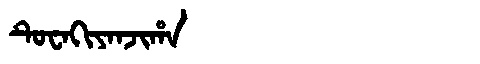
Manchu: ᡨᡠᠸᠠᡴᡳᠶᠠᠨᠵᡳᡥᠠ
Romanization: TUWAKIYANJIHA